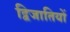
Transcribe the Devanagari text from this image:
द्विजातियों